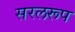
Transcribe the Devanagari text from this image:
सरलरूप